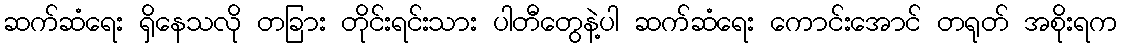
ဆက်ဆံရေး ရှိနေသလို တခြား တိုင်းရင်းသား ပါတီတွေနဲ့ပါ ဆက်ဆံရေး ကောင်းအောင် တရုတ် အစိုးရက